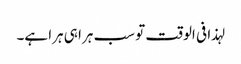
لہذا فی الوقت تو سب ہرا ہی ہرا ہے۔